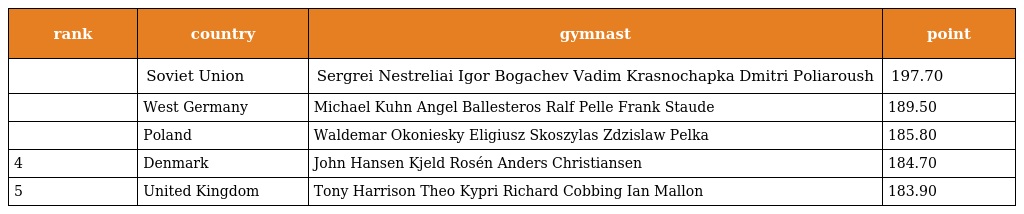
| rank | country | gymnast | point |
 | --- | --- | --- | --- |
 |  | Soviet Union | Sergrei Nestreliai Igor Bogachev Vadim Krasnochapka Dmitri Poliaroush | 197.70 |
 |  | West Germany | Michael Kuhn Angel Ballesteros Ralf Pelle Frank Staude | 189.50 |
 |  | Poland | Waldemar Okoniesky Eligiusz Skoszylas Zdzislaw Pelka | 185.80 |
 | 4 | Denmark | John Hansen Kjeld Rosén Anders Christiansen | 184.70 |
 | 5 | United Kingdom | Tony Harrison Theo Kypri Richard Cobbing Ian Mallon | 183.90 |